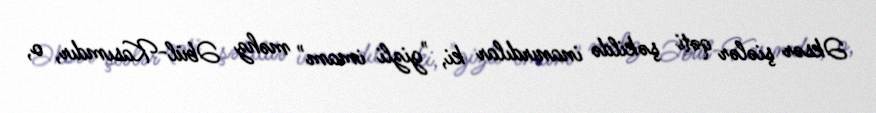
Əksər şiələr qəti şəkildə inanırdılar ki, "gizli imam" məhz Əbül-Kasımdır, o,